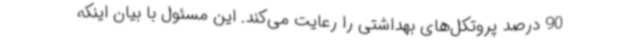
90 درصد پروتکل‌های بهداشتی را رعایت می‌کند. این مسئول با بیان اینکه